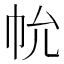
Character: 𢁲